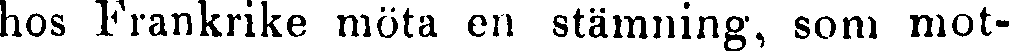
hos Frankrike möta en stämning, som mot-